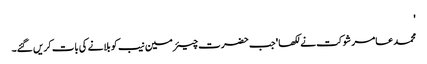
'
محمد عامر شوکت نے لکھا 'جب حضرت چیئرمین نیب کو بلانے کی بات کریں گئے۔